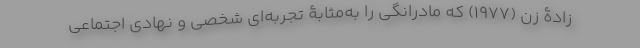
زادۀ زن (۱۹۷۷) که مادرانگی را به‌مثابۀ تجربه‌ای شخصی و نهادی اجتماعی